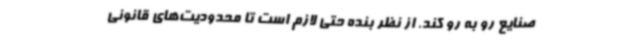
صنایع رو به رو کند. از نظر بنده حتی لازم است تا محدودیت‌های قانونی